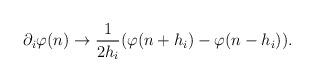
LaTeX: \begin{align*}\partial_i\varphi(n)\to\frac{1}{2h_i}(\varphi(n+h_i)-\varphi(n-h_i)).\end{align*}